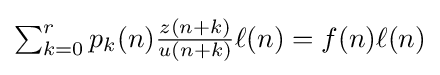
{\textstyle \sum _{k=0}^{r}p_{k}(n){\frac {z(n+k)}{u(n+k)}}\ell (n)=f(n)\ell (n)}